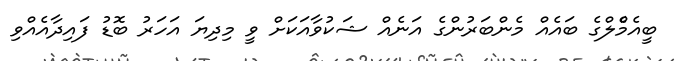
ބީއެމްެލްގެ ބައެއް މެންބަރުންގެ އަނެއް ޝަކުވާއަކަށް ވީ މިދިޔަ އަހަރު ބޮޑު ފައިދާއެއްވި